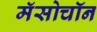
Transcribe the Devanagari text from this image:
मॅसोचॉन